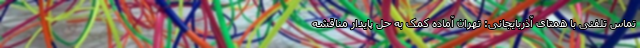
تماس تلفنی با همتای آذربایجانی: تهران آماده کمک به حل پایدار مناقشه